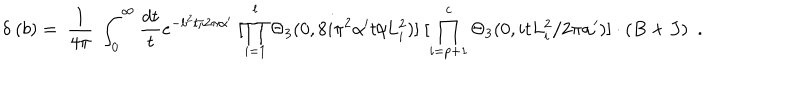
\delta ~ ( b ) = ~ \frac { 1 } { 4 \pi } ~ \int _ { 0 } ^ { \infty } \frac { d t } { t } e ^ { - b ^ { 2 } t / 2 \pi \alpha ^ { \prime } } ~ [ \prod _ { i = 1 } ^ { l } \Theta _ { 3 } ( 0 , 8 i \pi ^ { 2 } \alpha ^ { \prime } t / L _ { i } ^ { 2 } ) ] ~ [ \prod _ { i = p + 1 } ^ { c } \Theta _ { 3 } ( 0 , i t L _ { i } ^ { 2 } / 2 \pi \alpha ^ { \prime } ) ] \cdot ( B \times J ) ~ ~ .